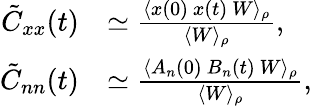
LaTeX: \begin{array}{rl}{\tilde{C}_{xx}(t)}&{\simeq\frac{\langle x(0)\ x(t)\ W\rangle_{\rho}}{\langle W\rangle_{\rho}}\mathrm{,}}\\ {\tilde{C}_{nn}(t)}&{\simeq\frac{\langle A_{n}(0)\ B_{n}(t)\ W\rangle_{\rho}}{\langle W\rangle_{\rho}}\mathrm{,}}\end{array}